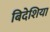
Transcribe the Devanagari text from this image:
बिदेशिया